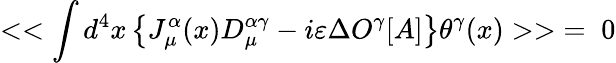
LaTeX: <<\int d^{4}x\left\{ J_{\mu}^{\alpha}(x)D_{\mu}^{\alpha\gamma}-i\varepsilon\Delta O^{\gamma}[A]\right\} \theta^{\gamma}(x)>>\; =\; 0